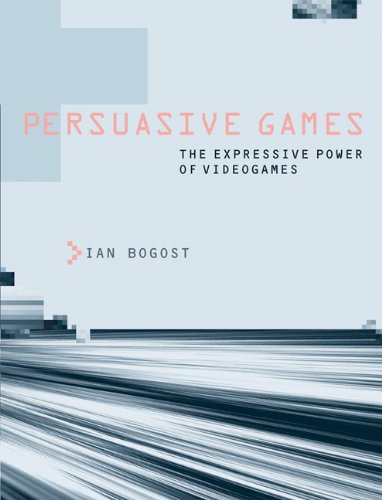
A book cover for Persuasive Games: The Expressive Power of Videogames; Ian Bogost; Computers & Technology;